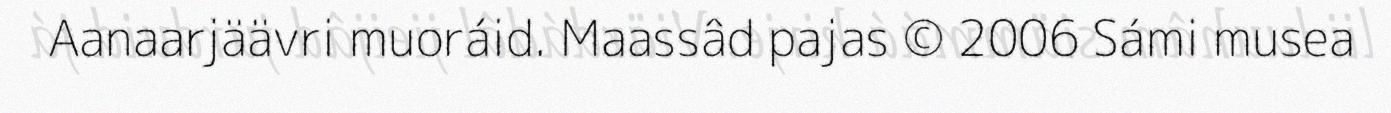
Aanaarjäävri muoráid. Maassâd pajas © 2006 Sámi musea